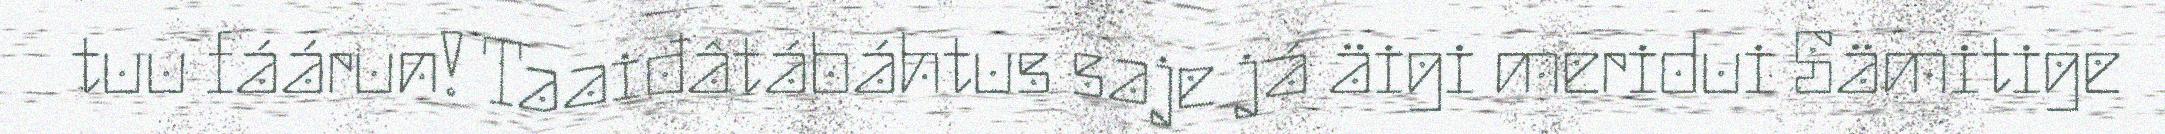
tuu fáárun! Taaiđâtábáhtus saje já äigi meridui Sämitige